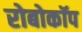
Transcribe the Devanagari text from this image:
रोबोकॉप